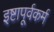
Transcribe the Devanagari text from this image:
इष्टापूर्वकर्म